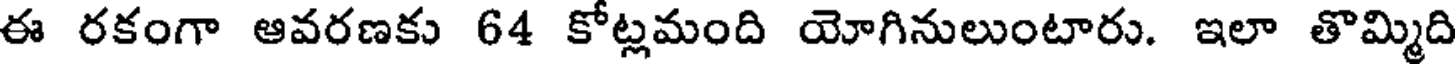
ఈ రకంగా ఆవరణకు 64 కోట్లమంది యోగినులుంటారు. ఇలా తొమ్మిది